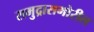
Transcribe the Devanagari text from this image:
समुद्रासमोरील